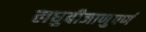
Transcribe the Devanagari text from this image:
लघुबीजाणुपर्ण